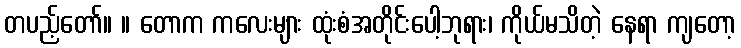
တပည့်တော်။ ။ တောက ကလေးများ ထုံးစံအတိုင်းပေါ့ဘုရား၊ ကိုယ်မသိတဲ့ နေရာ ကျတော့